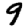
Digit: 9